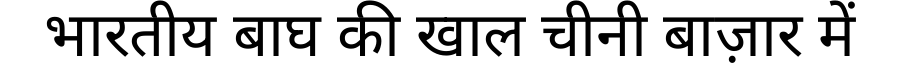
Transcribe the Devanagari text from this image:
भारतीय बाघ की खाल चीनी बाज़ार में